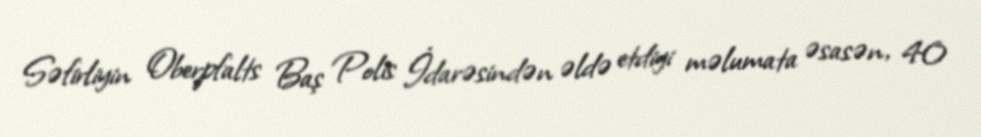
Səfirliyin Oberpfalts Baş Polis İdarəsindən əldə etdiyi məlumata əsasən, 40